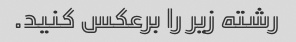
رشته زیر را برعکس کنید.